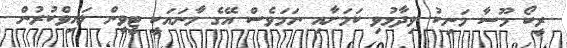
ރީކޯ މޫސާ މަނިކު ވިދާޅުވި ކަމަށާއި ނަމަވެސް އޭގެ މާނައަކީ ޓީވީން ލައިވްކުރުން